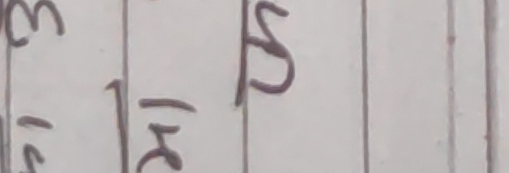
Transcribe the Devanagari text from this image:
हृदय